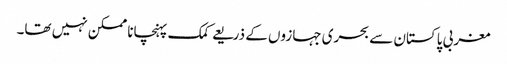
مغربی پاکستان سے بحری جہازوں کے ذریعے کمک پہنچانا ممکن نہیں تھا۔